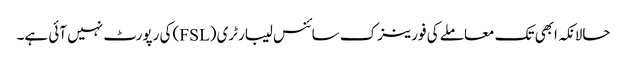
حالانکہ ابھی تک معاملے کی فورینزک سائنس لیبارٹری (FSL) کی رپورٹ نہیں آئی ہے۔